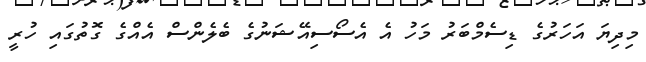
މިދިޔަ އަހަރުގެ ޑިސެމްބަރު މަހު އެ އެސޯސިއޭޝަނުގެ ބެލެންސް އެއްގެ ގޮތުގައި ހުރީ